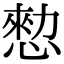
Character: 愸